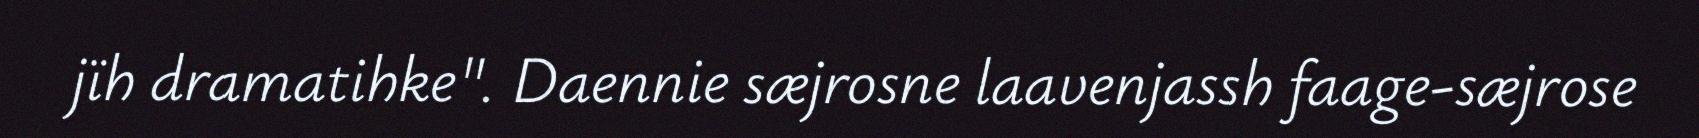
jïh dramatihke". Daennie sæjrosne laavenjassh faage-sæjrose